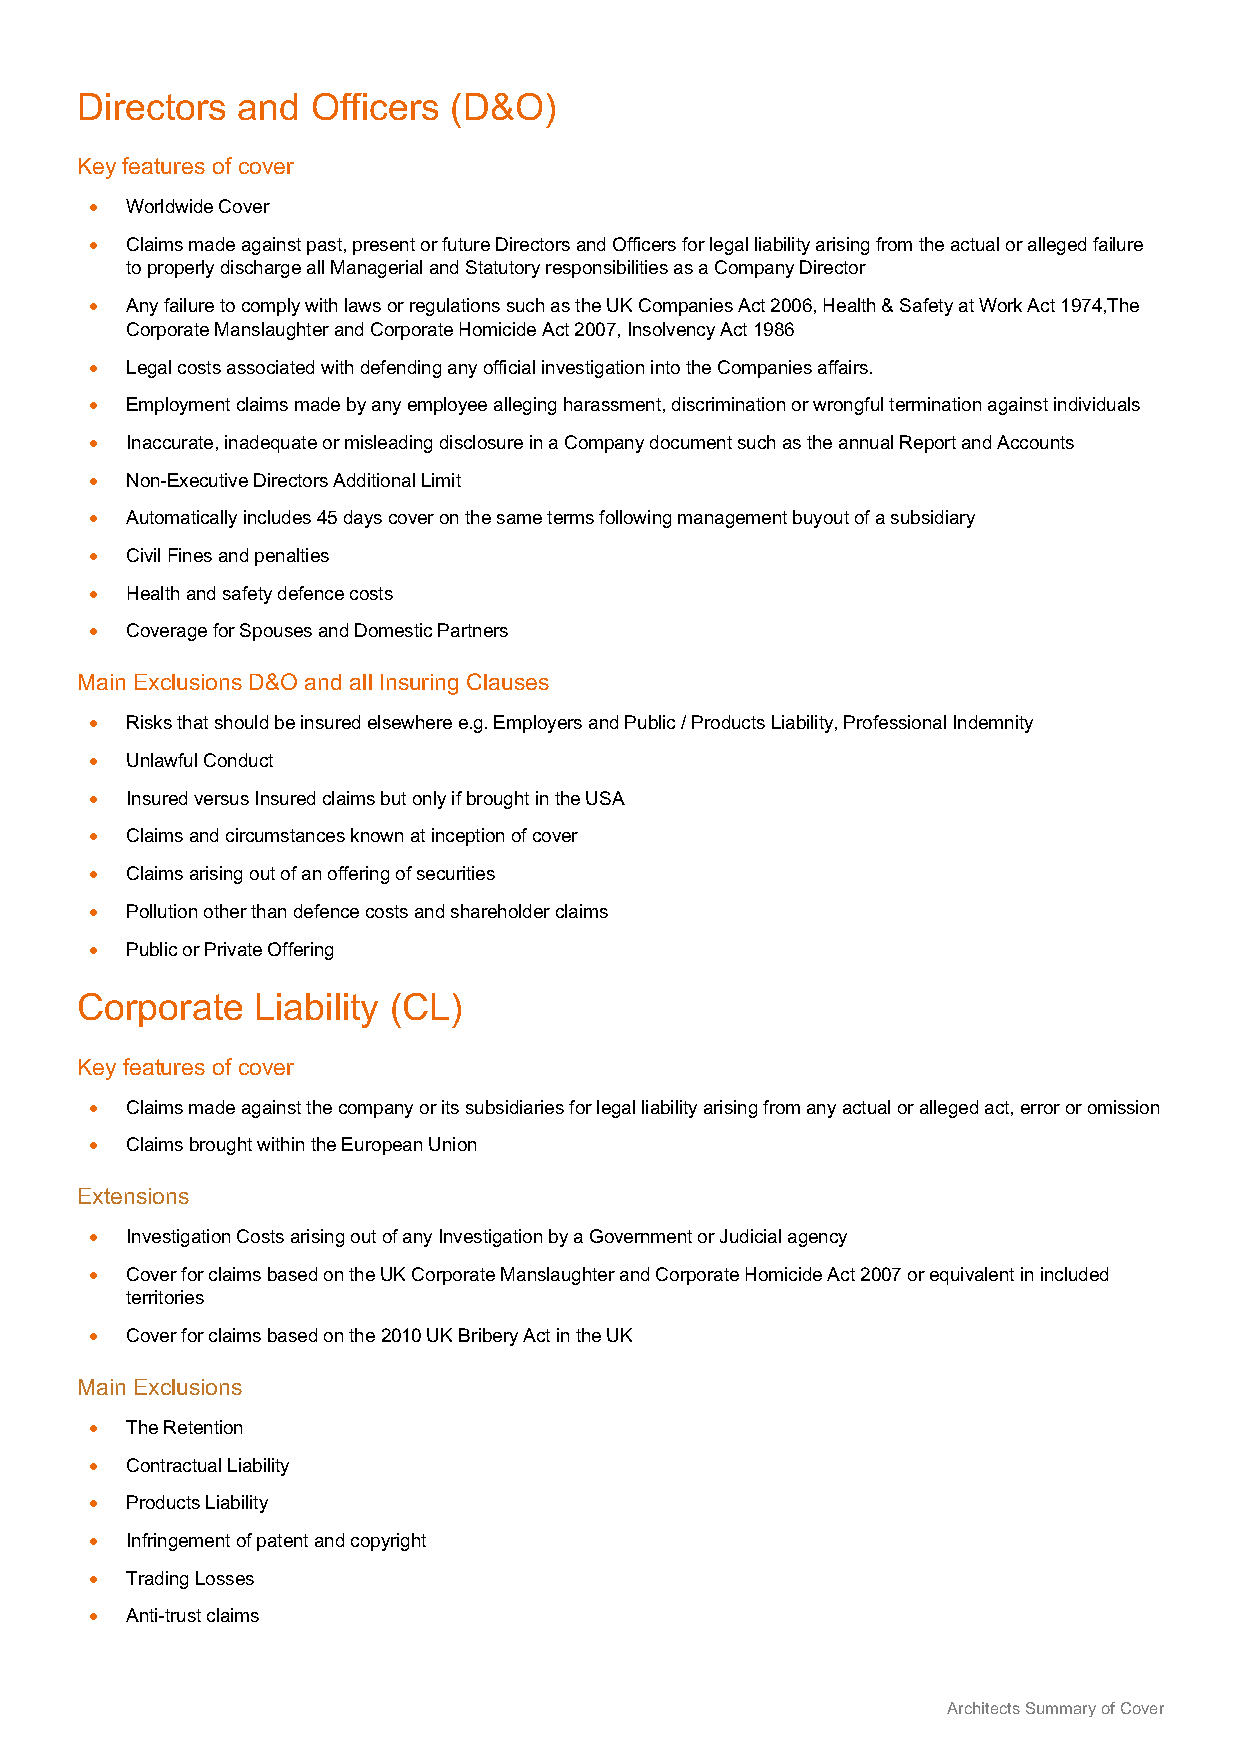
Directors  and  Officers (D&O)
 Key features of cover
 • Worldwide Cover
 • Claims made against past, present or future Directors and Officers for legal liability arising from the actual or alleged failure
 to properly discharge all Managerial and Statutory responsibilities as a Company Director
 • Any failure to comply with laws or regulations such as the UK Companies Act 2006, Health & Safety at Work Act 1974,The
 Corporate Manslaughter and Corporate Homicide Act 2007, Insolvency Act 1986
 • Legal costs associated with defending any official investigation into the Companies affairs.
 • Employment claims made by any employee alleging harassment, discrimination or wrongful termination against individuals
 • Inaccurate, inadequate or misleading disclosure in a Company document such as the annual Report and Accounts
 • Non-Executive Directors Additional Limit
 • Automatically includes 45 days cover on the same terms following management buyout of a subsidiary
 • Civil Fines and penalties
 • Health and safety defence costs
 • Coverage for Spouses and Domestic Partners
 Main Exclusions D&O and all Insuring Clauses
 • Risks that should be insured elsewhere e.g. Employers and Public / Products Liability, Professional Indemnity
 • Unlawful Conduct
 • Insured versus Insured claims but only if brought in the USA
 • Claims and circumstances known at inception of cover
 • Claims arising out of an offering of securities
 • Pollution other than defence costs and shareholder claims
 • Public or Private Offering
 Corporate   Liability (CL)
 Key features of cover
 • Claims made against the company or its subsidiaries for legal liability arising from any actual or alleged act, error or omission
 • Claims brought within the European Union
 Extensions
 • Investigation Costs arising out of any Investigation by a Government or Judicial agency
 • Cover for claims based on the UK Corporate Manslaughter and Corporate Homicide Act 2007 or equivalent in included
 territories
 • Cover for claims based on the 2010 UK Bribery Act in the UK
 Main Exclusions
 • The Retention
 • Contractual Liability
 • Products Liability
 • Infringement of patent and copyright
 • Trading Losses
 • Anti-trust claims
 Architects Summary of Cover